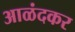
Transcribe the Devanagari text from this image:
आळंदकर